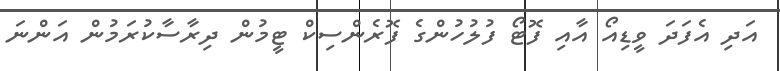
އަދި އެފަދަ ވީޑިއޯ އާއި ފޮޓޯ ފުލުހުންގެ ފޮރެންސިކް ޓީމުން ދިރާސާކުރަމުން އަންނަ